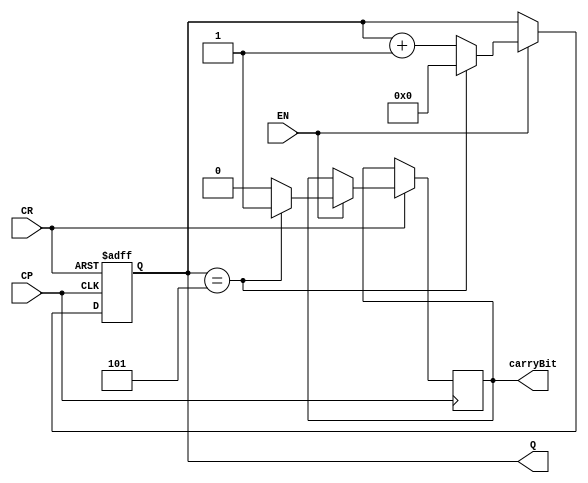
`timescale 1ns / 1ps
//////////////////////////////////////////////////////////////////////////////////
// Company: 
// 
// Design Name: 
// Module Name: Counter_6
// Project Name: 
// Target Devices: 
// Tool Versions: 
// Description: 
// 
// Dependencies: 
// 
// Revision:
// Revision 0.01 - File Created
// Additional Comments:
// 
//////////////////////////////////////////////////////////////////////////////////


module Counter_6(
    input CP,
    input CR,
    input EN,
    output reg [3:0] Q  =4'b0000,
    output reg carryBit
    );
    always @(posedge CP or negedge CR)
        begin
            if (~CR) Q <= 4'b0000;
            else if(~EN) Q <= Q;
            else if (Q == 4'b0101)
                begin
                    Q <= 4'b0000;
                    carryBit = 1'b1;
                end
            else
                begin
                    Q <= Q + 1'b1;
                    carryBit = 1'b0;
                end
        end
endmodule